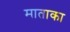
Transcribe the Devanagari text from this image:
माताका